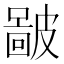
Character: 𥀚